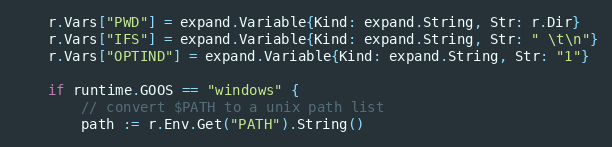
Language: Go
	r.Vars["PWD"] = expand.Variable{Kind: expand.String, Str: r.Dir}
	r.Vars["IFS"] = expand.Variable{Kind: expand.String, Str: " \t\n"}
	r.Vars["OPTIND"] = expand.Variable{Kind: expand.String, Str: "1"}

	if runtime.GOOS == "windows" {
		// convert $PATH to a unix path list
		path := r.Env.Get("PATH").String()